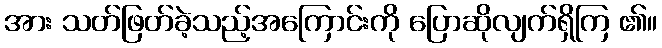
အား သတ်ဖြတ်ခဲ့သည့်အကြောင်းကို ပြောဆိုလျက်ရှိကြ ၏။